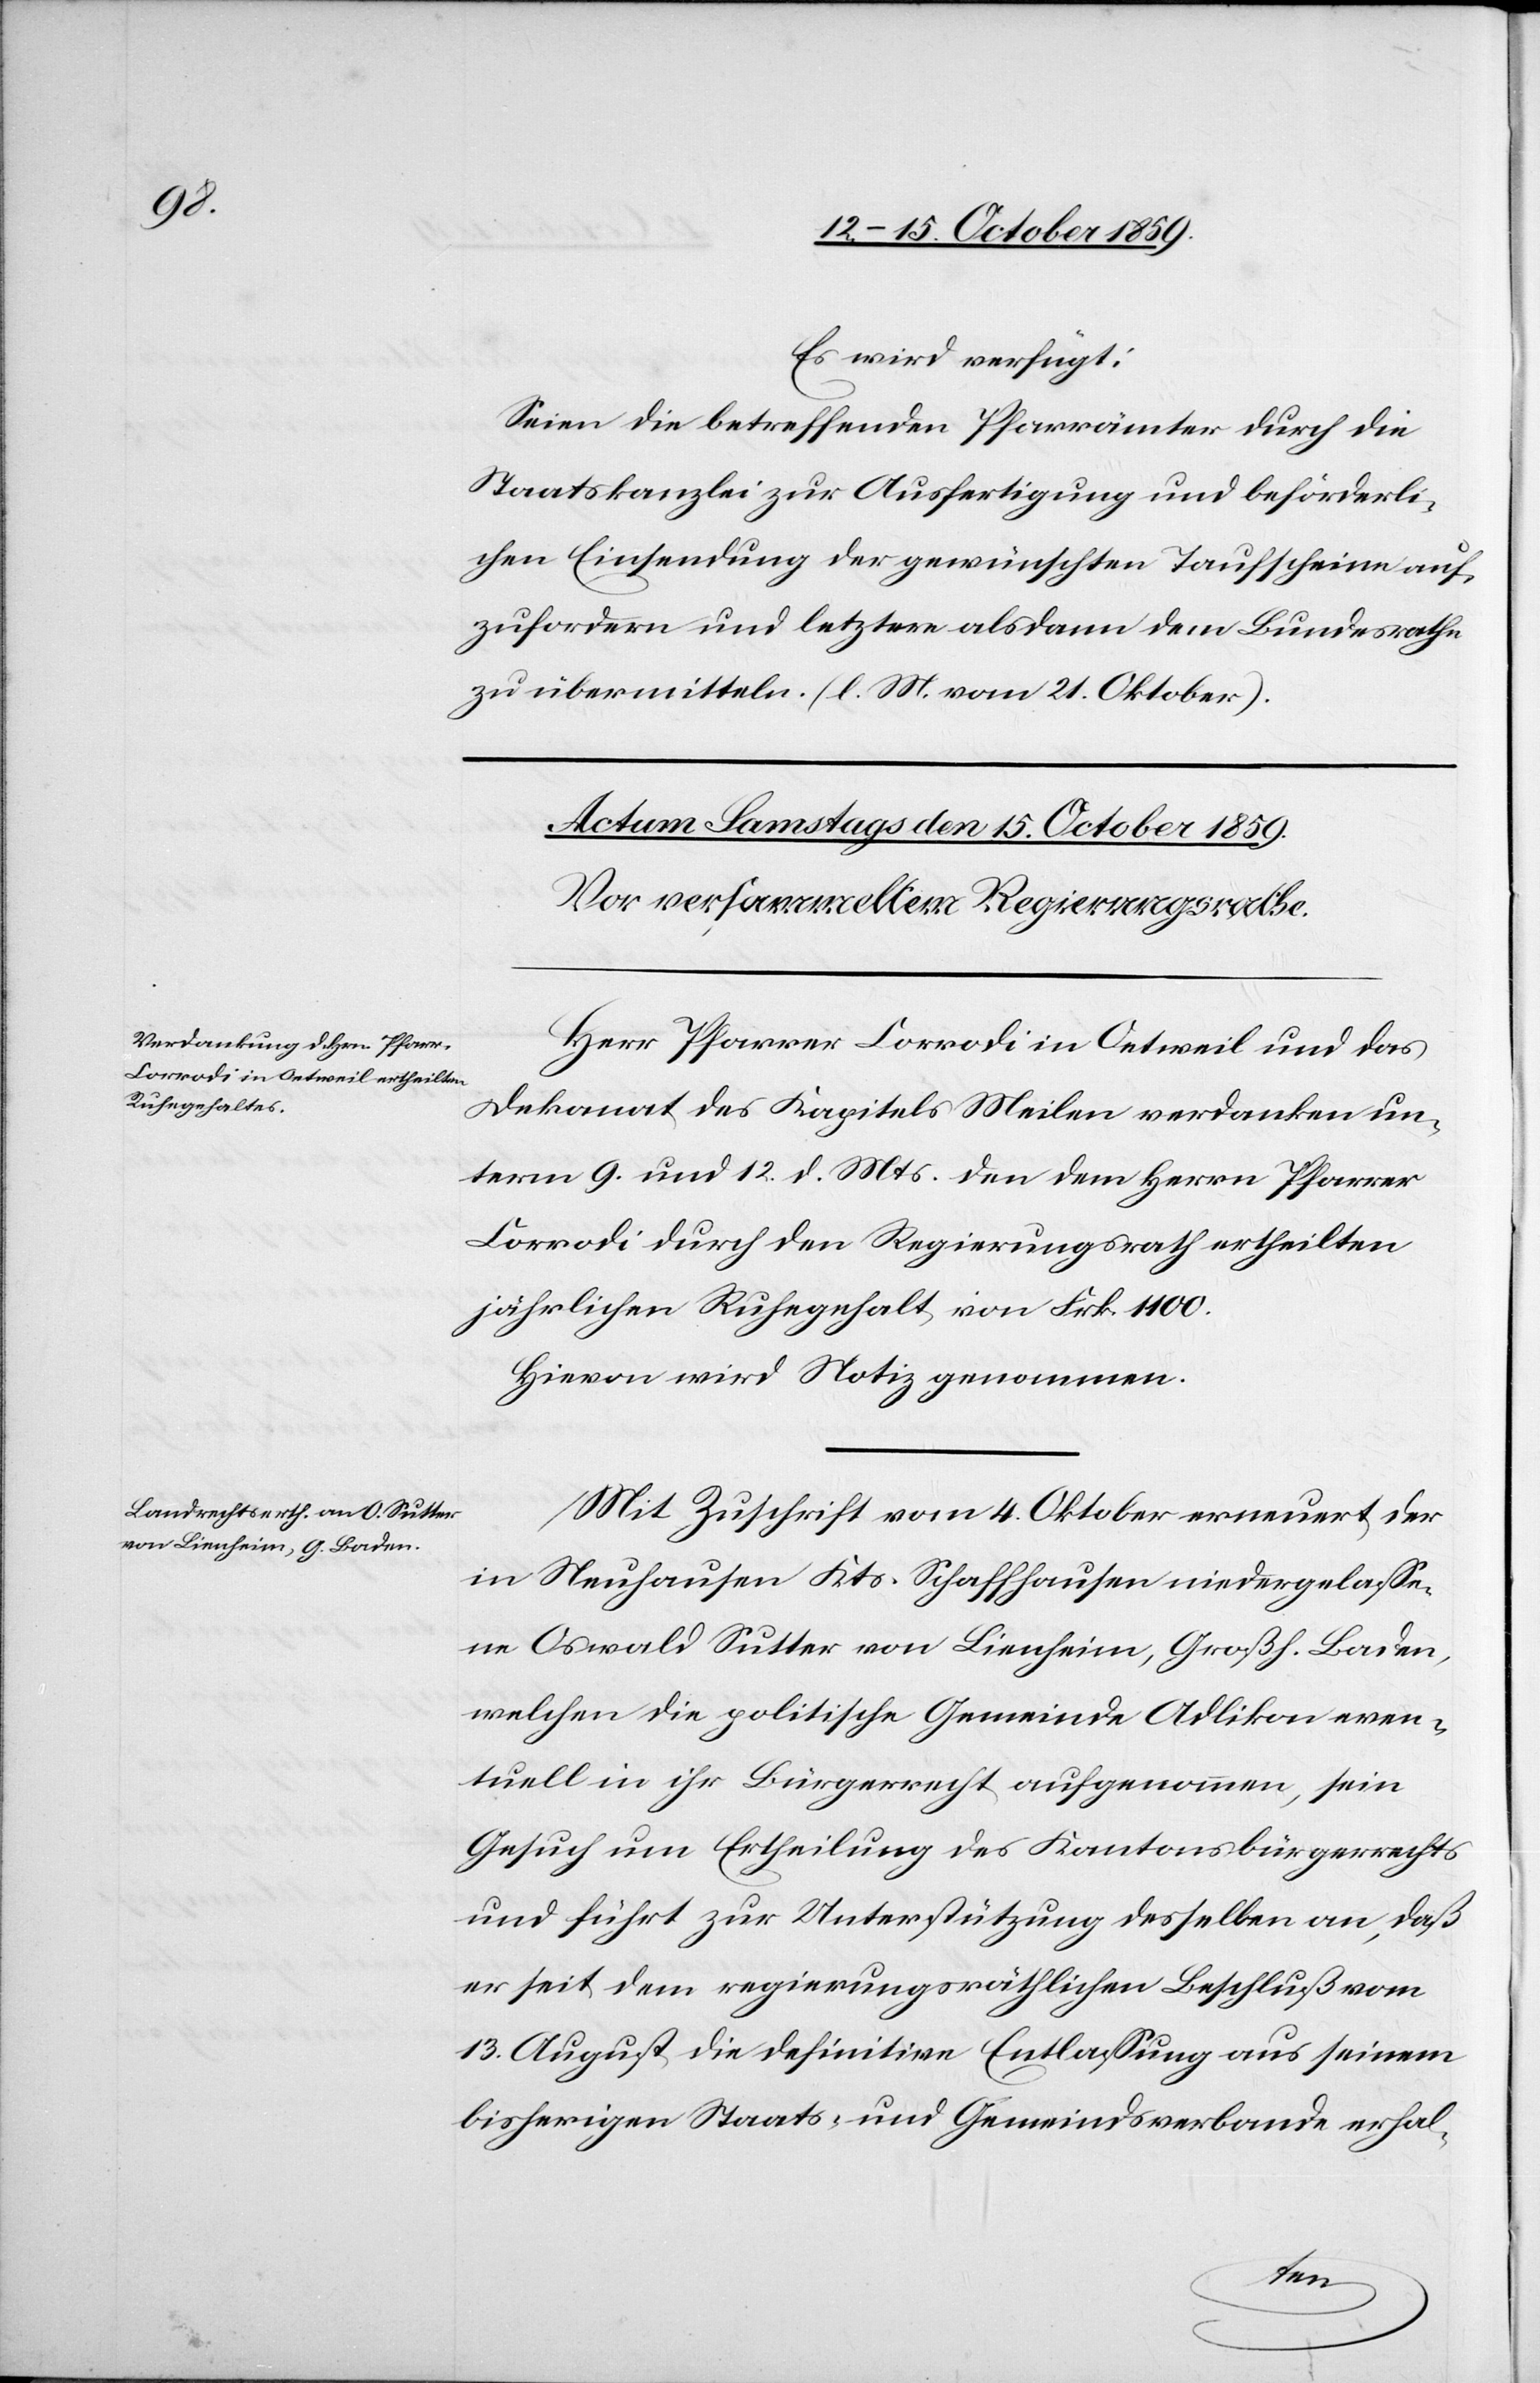
Es wird verfügt:
Seien die betreffenden Pfarrämter durch die
Staatskanzlei zur Ausfertigung und beförderli¬
chen Einsendung der gewünschten Taufscheine auf¬
zufordern und letztere alsdann dem Bundesrathe
zu übermitteln. (l. M. vom 21. Oktober).
Herr Pfarrer Lorrodi in Oetweil und das
Dekanat des Kapitels Meilen verdanken un¬
term 9. und 12. d. Mts. den dem Herrn Pfarrer
Lorrodi durch den Regierungsrath ertheilten
jährlichen Ruhegehalt von Frk. 1100.
Hievon wird Notiz genommen.
Mit Zuschrift vom 4. Oktober erneuert der
in Neuhausen Kts. Schaffhausen niedergelasse¬
ne Oswald Sutter von Lienheim, Großh. Baden,
welchen die politische Gemeinde Adlikon even¬
tuell in ihr Bürgerrecht aufgenommen, sein
Gesuch um Ertheilung des Kantonsbürgerrechts
und führt zur Unterstützung desselben an, daß
er seit dem regierungsräthlichen Beschluß vom
13. August die definitive Entlassung aus seinem
bisherigen Staats- und Gemeindsverbunde erhal-